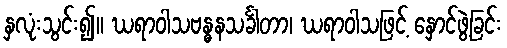
နှလုံးသွင်း၍။ ဃရာဝါသဗန္ဓနသင်္ခါတာ၊ ဃရာဝါသဖြင့် နှောင်ဖွဲ့ခြင်း